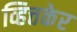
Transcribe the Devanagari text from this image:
व्हित्तकेर